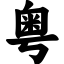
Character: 粤